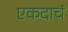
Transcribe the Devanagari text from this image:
एकदाचं